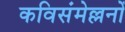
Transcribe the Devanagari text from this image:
कविसंमेल्लनों